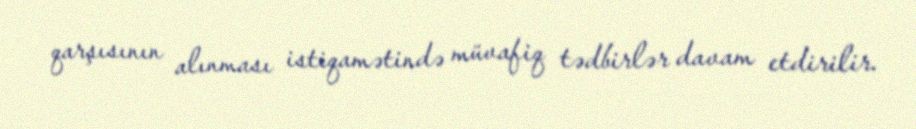
qarşısının alınması istiqamətində müvafiq tədbirlər davam etdirilir.